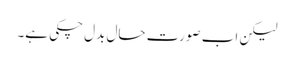
لیکن اب صورت حال بدل چکی ہے۔